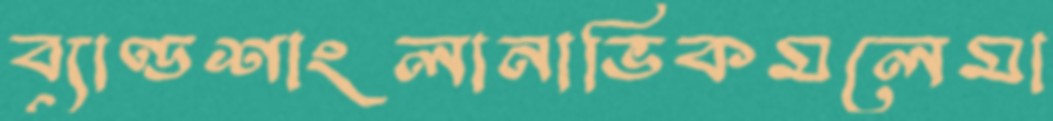
ব্যাণ্ডশাংলানাভিকমলেমা